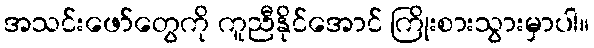
အသင်းဖော်တွေကို ကူညီနိုင်အောင် ကြိုးစားသွားမှာပါ။